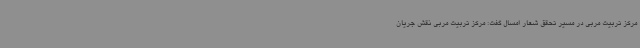
مرکز تربیت مربی در مسیر تحقق شعار امسال گفت: مرکز تربیت مربی نقش جریان